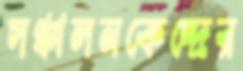
সঞ্চালনকেন্দ্রের